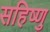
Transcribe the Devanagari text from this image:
सहिष्‍णु